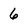
Character: 6